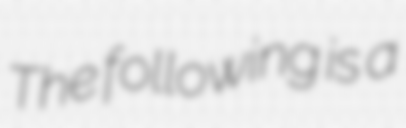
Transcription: The following is a